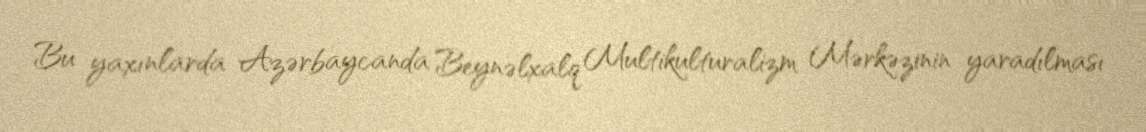
Bu yaxınlarda Azərbaycanda Beynəlxalq Multikulturalizm Mərkəzinin yaradılması